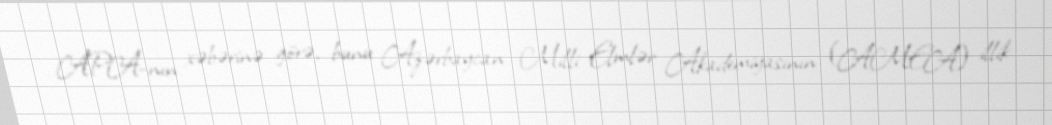
APA-nın xəbərinə görə, bunu Azərbaycan Milli Elmlər Akademiyasının (AMEA) illik